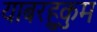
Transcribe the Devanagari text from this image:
याबरहुकुम